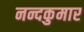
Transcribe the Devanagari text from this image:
नन्दकुमार